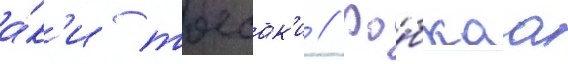
а́к'и тоесак'и // Ро́бкаа